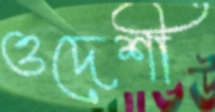
ওদেশী